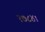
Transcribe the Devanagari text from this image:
१७८४।